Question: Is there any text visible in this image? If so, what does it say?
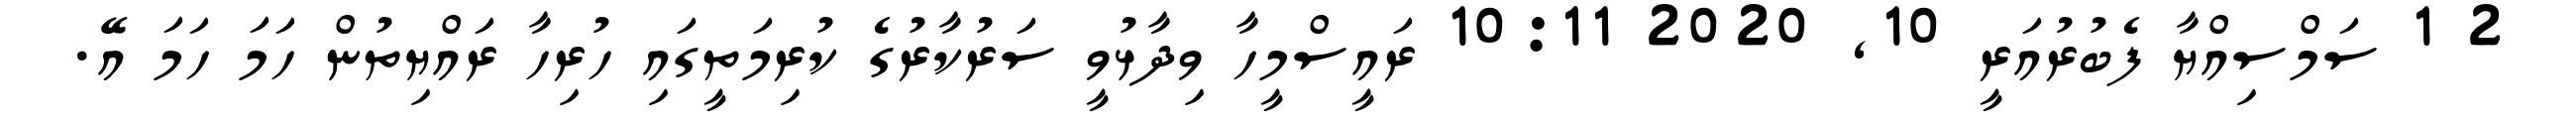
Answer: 2 1 ސަމްސިއްޔާ ފެބުރުއަރީ 10, 2020 10:11 ރައީސްމީހާ ވިދާޅުވީ ސަރުކާރުގެ ކުރިމަތީގައި ހުރިހާ ރައްޔިތުން ހަމަ ހަމަ އޭ.